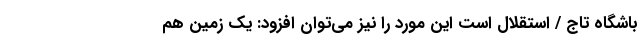
باشگاه تاج / استقلال است این مورد را نیز می‌توان افزود: یک زمین هم